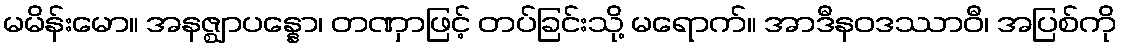
မမိန်းမော။ အနဇ္ဈာပန္နော၊ တဏှာဖြင့် တပ်ခြင်းသို့ မရောက်။ အာဒီနဝဒဿာဝီ၊ အပြစ်ကို